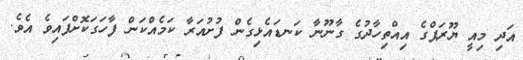
އަދި މިއީ ޔޫރަޕްގެ އިއްތިހާދުގެ ގާނޫނާ ކަނޑައެޅިގެން ފުށުއަރާ ކަމެއްކަން ފާހަގަކޮށްފައިވެ އެވެ.